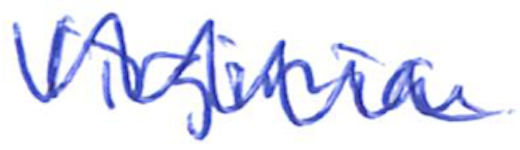
Text: Virginia
Cross-out: zig-zag
Writing tool: ballpoint